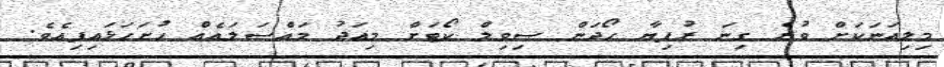
މިލިއަނަކަށް ވުރެ ގިނަ ރުފިޔާ ހޯދަން ސިވިލް ކޯޓަށް މިއަދު މައްސަލައެއް ހުށަހަޅައިފިއެވެ.